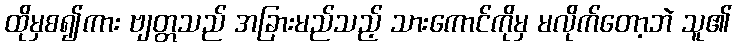
ထိုမှစ၍ကား ဗျတ္တသည် အခြားမည်သည့် သားကောင်ကိုမှ မလိုက်တော့ဘဲ သူ၏